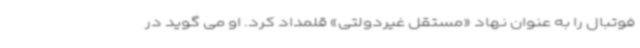
فوتبال را به عنوان نهاد «مستقل غیردولتی» قلمداد کرد. او می گوید در